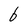
Character: 6